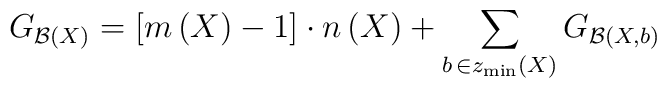
G_{{\cal B}\left( X\right) }=\left[ m\left( X\right)-1\right] \cdot n\left( X\right) +\sum\limits_{b\,\in z_{\min }\left(X\right) }G_{{\cal B}\left( X,b\right) }